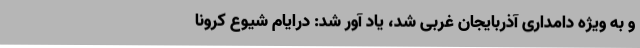
و به ویژه دامداری آذربایجان غربی شد، یاد آور شد: درایام شیوع کرونا